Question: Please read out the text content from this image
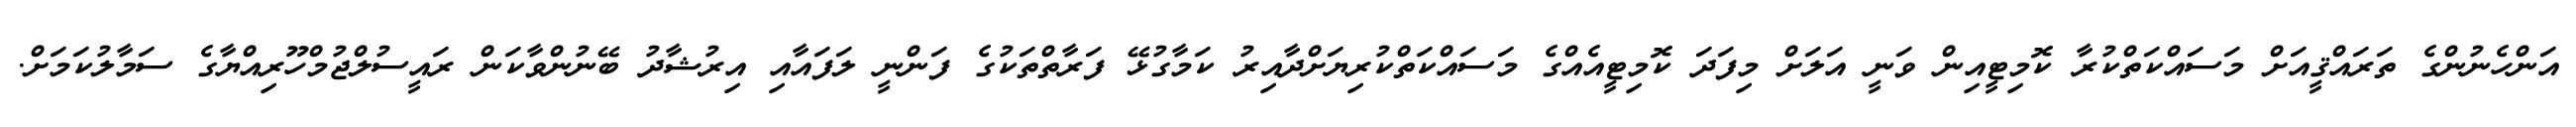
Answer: އަންހެނުންގެ ތަރައްޤީއަށް މަސައްކަތްކުރާ ކޮމިޓީއިން ވަނީ އަލަށް މިފަދަ ކޮމިޓީއެއްގެ މަސައްކަތްކުރިޔަށްދާއިރު ކަމާގުޅޭ ފަރާތްތަކުގެ ފަންނީ ލަފައާއި އިރުޝާދު ބޭނުންވާކަން ރައީސުލްޖުމްހޫރިއްޔާގެ ސަމާލުކަމަށް.